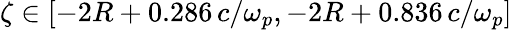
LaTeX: \zeta\in[-2R+0.286\, c/\omega_{p},-2R+0.836\, c/\omega_{p}]